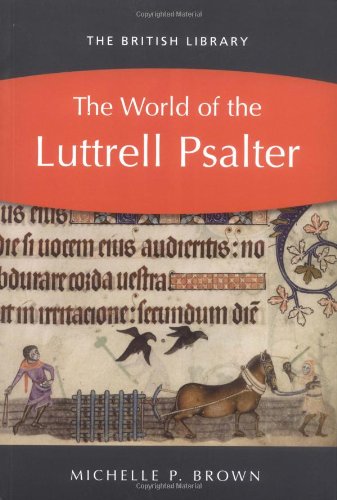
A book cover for The World of the Luttrell Psalter; Michelle P. Brown; Crafts, Hobbies & Home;